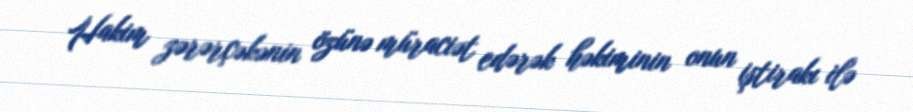
Hakim zərərçəkənin özünə müraciət edərək həkiminin onun iştirakı ilə